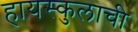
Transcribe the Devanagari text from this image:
हायस्कुलाची